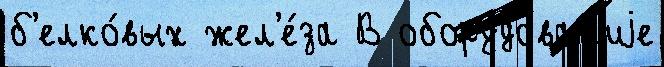
б'елко́вых жел'е́за В обору́дован'иjе